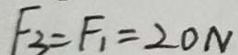
F _ { 3 } = F _ { 1 } = 2 0 N